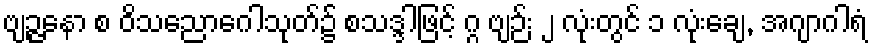
ဗျဉ္ဇနော စ ဝိသညောဂေါသုတ်၌ စသဒ္ဒါဖြင့် ဂ္ဂ ဗျဉ်း ၂ လုံးတွင် ၁ လုံးချေ, အဂျာဂါရံ